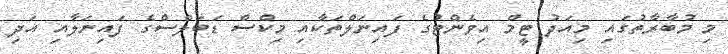
މި މުބާރާތުގައި މިއަދު ޓީމް އިވެންޓުގެ ފައިނަލްތަކާއި މިކްސް ޑަބަލްސްގެ ފައިނަލާއި އަދި